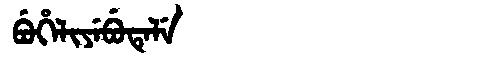
Manchu: ᠪᡠᡥᡝᠯᡳᠶᡝᠪᡠᡨᡝᠯᡝ
Romanization: BUHELIYEBUTELE